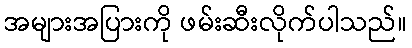
အများအပြားကို ဖမ်းဆီးလိုက်ပါသည်။